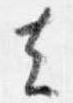
去